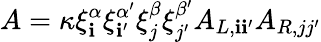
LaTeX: A=\kappa\xi_{\mathbf{i}}^{\alpha}\xi_{\mathbf{i}^{\prime}}^{\alpha^{\prime}}\xi_{j}^{\beta}\xi_{j^{\prime}}^{\beta^{\prime}}A_{L,\mathbf{i}\mathbf{i}^{\prime}}A_{R,jj^{\prime}}